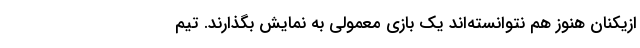
ازیکنان هنوز هم نتوانسته‌اند یک بازی معمولی به نمایش بگذارند. تیم